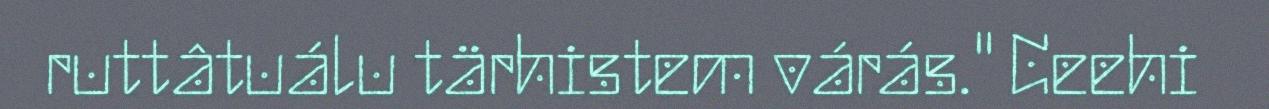
ruttâtuálu tärhistem várás." Ceehi